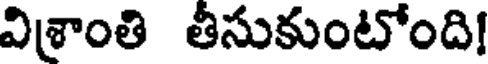
విశ్రాంతి తీసుకుంటోంది!